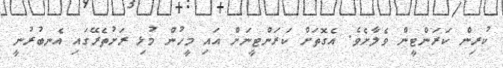
ކުރިން ކަރަންޓީން ވެލާށެވެ. އެގޮތަށް ކަރަންޓީނަށް އައި މީހުން މުޅި ރަށުތެރޭގައި އެނބުރުނީ